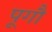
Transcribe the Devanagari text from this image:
पूगौ